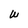
Character: W